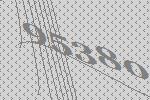
95380